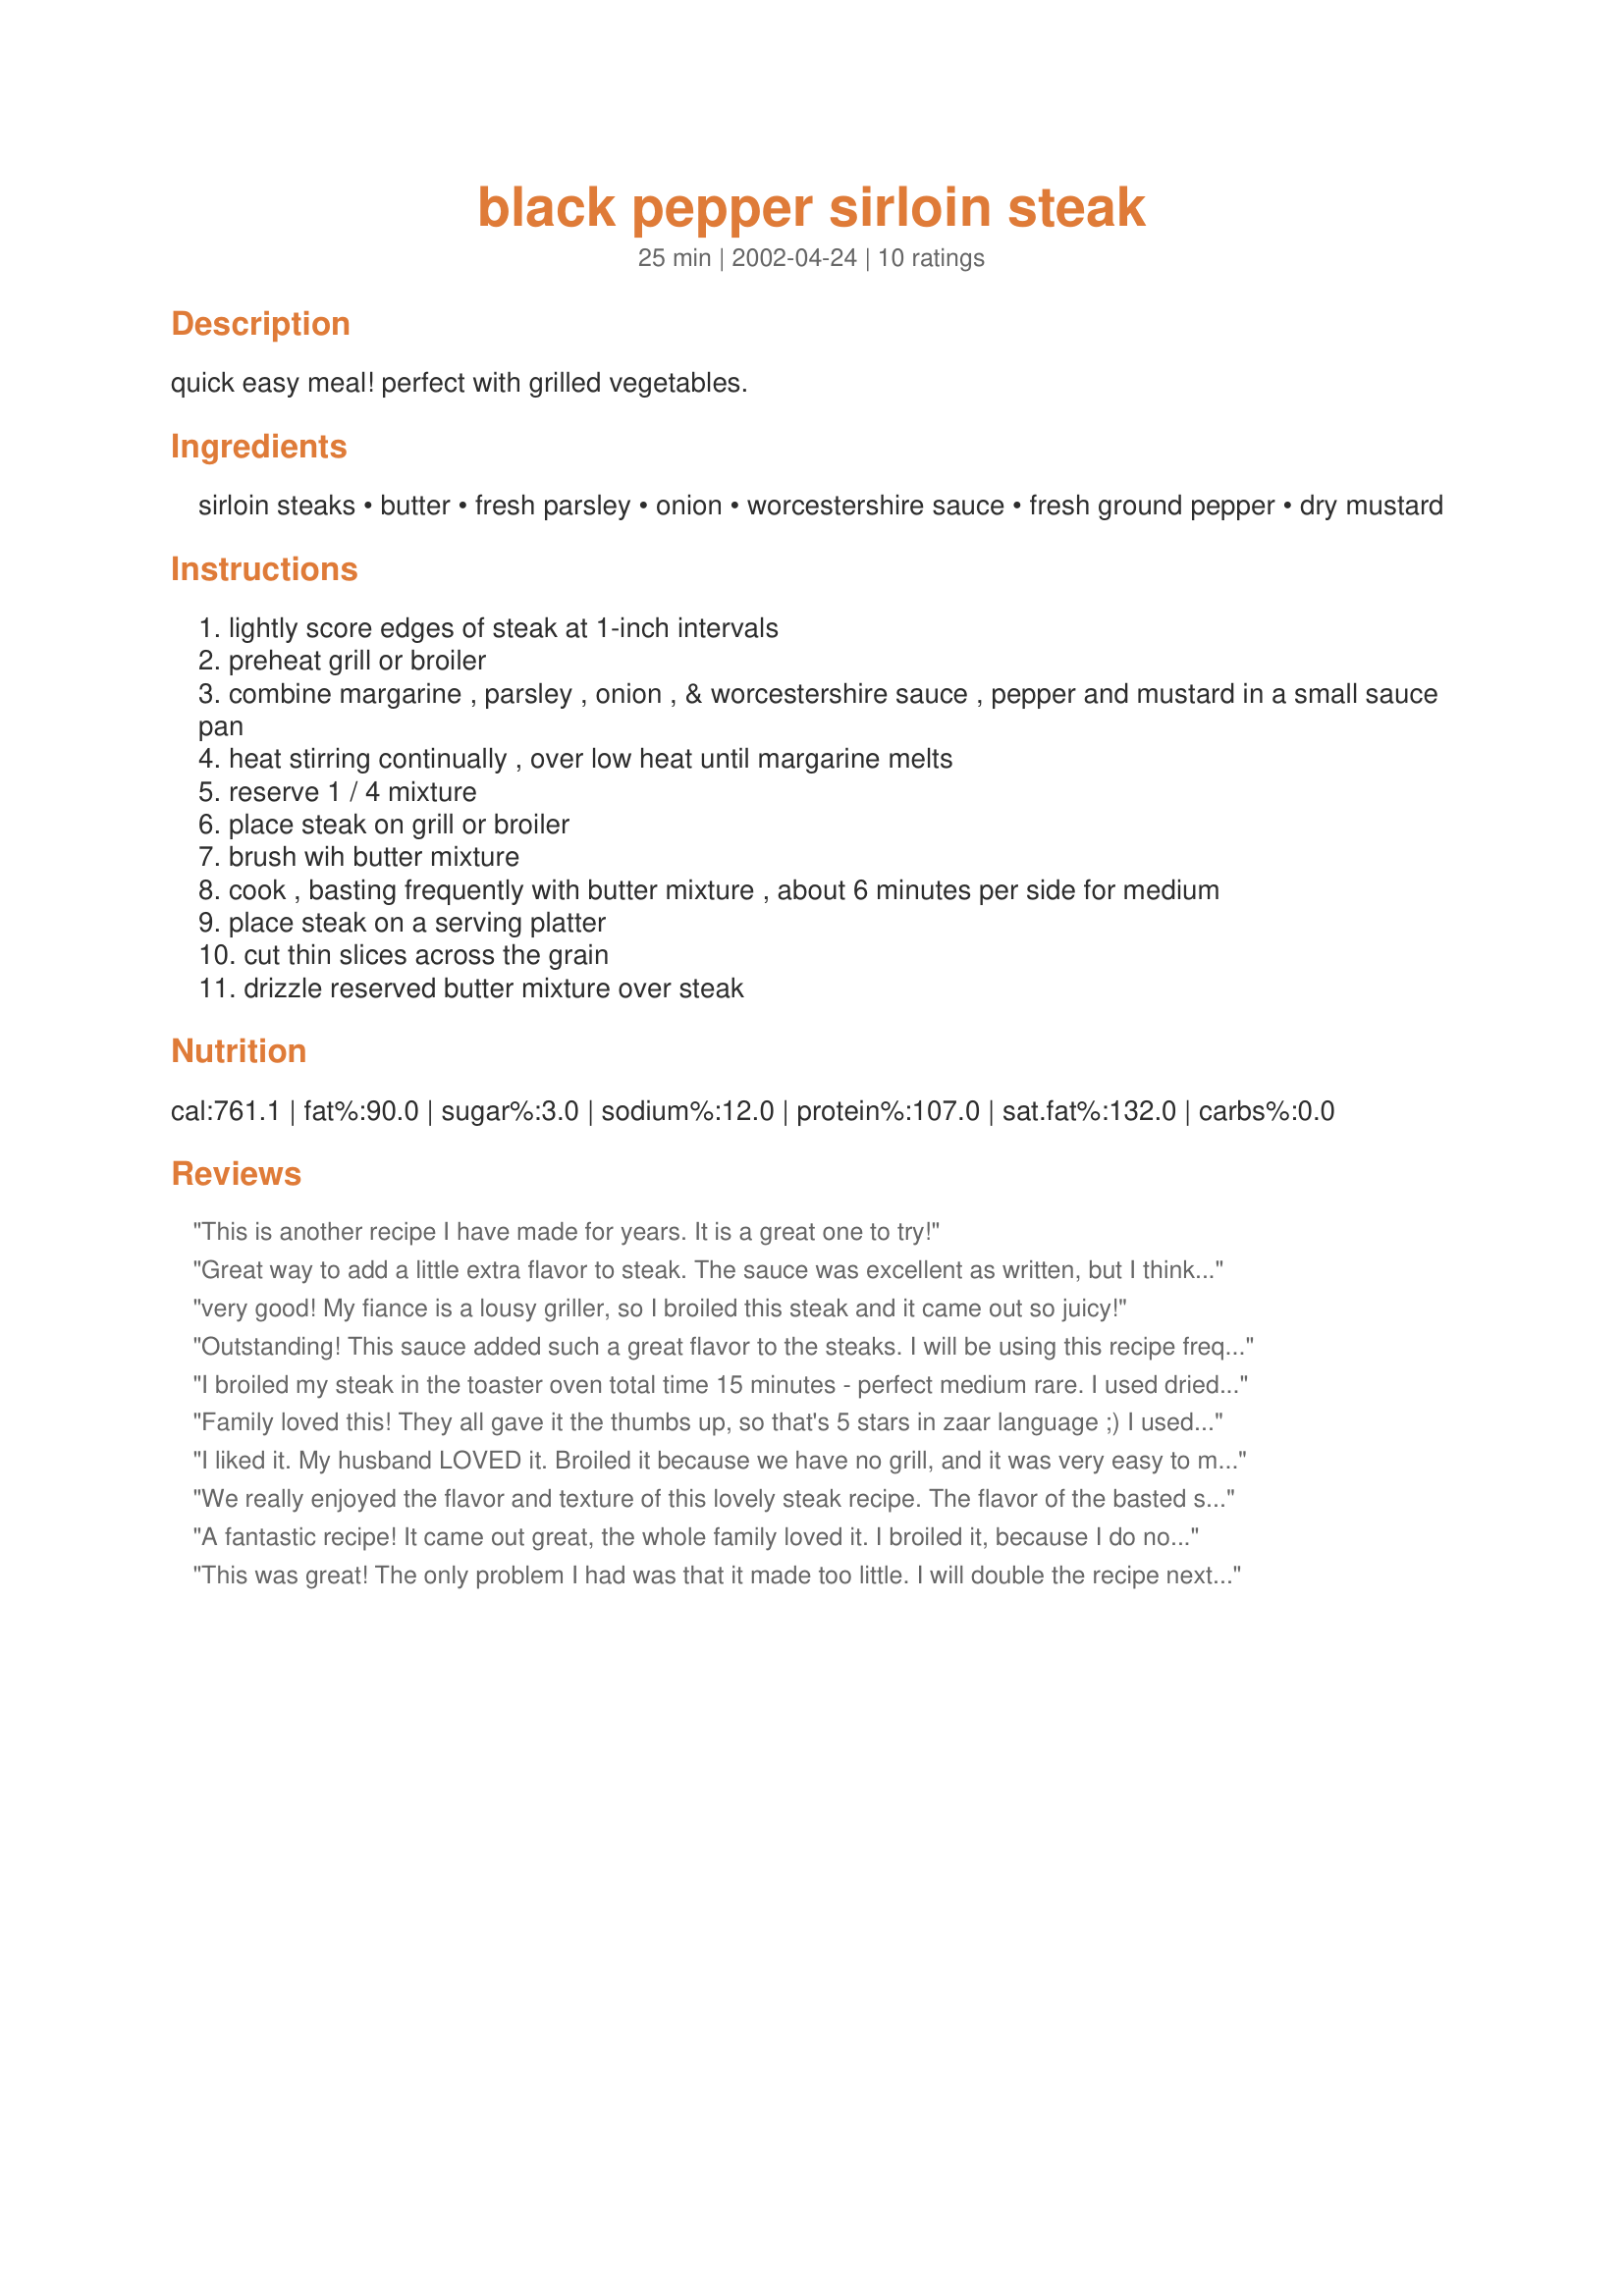
black pepper sirloin steak
Preparation time: 25 minutes

quick easy meal! perfect with grilled vegetables.

Ingredients:
sirloin steaks, butter, fresh parsley, onion, worcestershire sauce, fresh ground pepper, dry mustard

Steps:
lightly score edges of steak at 1-inch intervals
preheat grill or broiler
combine margarine , parsley , onion , & worcestershire sauce , pepper and mustard in a small sauce pan
heat stirring continually , over low heat until margarine melts
reserve 1 / 4 mixture
place steak on grill or broiler
brush wih butter mixture
cook , basting frequently with butter mixture , about 6 minutes per side for medium
place steak on a serving platter
cut thin slices across the grain
drizzle reserved butter mixture over steak

Reviews:
This is another recipe I have made for years. It is a great one to try!
Great way to add a little extra flavor to steak. The sauce was excellent as written, but I think it would also be good with a little more pepper or perhaps cracked pepper.
very good! My fiance is a lousy griller, so I broiled this steak and it came out so juicy!
Outstanding! This sauce added such a great flavor to the steaks. I will be using this recipe frequently. I would suggest if you want it to be more peppery, I would suggested adding a lot more pepper. I served this with loaded back potatoes and corn on the cob. Thanks for a great recipe.
I broiled my steak in the toaster oven total time 15 minutes - perfect medium rare. I used dried onion flakes and fresh parsley. Great flavored steak Thanks RhondaO for a keeper!!
Family loved this! They all gave it the thumbs up, so that's 5 stars in zaar language ;) I used dried minced onions as I wasn't sure and my mixture came out more of a paste than a liquid, but it was very good. Thanks for posting!
I liked it. My husband LOVED it. Broiled it because we have no grill, and it was very easy to make. Thanks for the recipe!
We really enjoyed the flavor and texture of this lovely steak recipe. The flavor of the basted steak is terrific. We will be enjoying this often. I will definitely double the sauce next time, it&#039;s that good. I did add more pepper and a little more coarse salt. Broiled the steak this time, can&#039;t wait to try this on the grill. Thank you so much for sharing this tasty recipe. Made for Whats on the Menu Tag Game 2014.
A fantastic recipe! It came out great, the whole family loved it. I broiled it, because I do not have a grill. I made with 3 tablespoons of worcester sauce, stiil very delicious. I will make again.
This was great! The only problem I had was that it made too little. I will double the recipe next time. Thanks!
